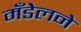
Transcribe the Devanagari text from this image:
मँडेलने